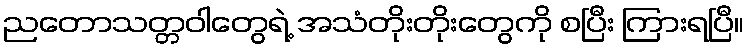
ညတောသတ္တဝါတွေရဲ့ အသံတိုးတိုးတွေကို စပြီး ကြားရပြီ။